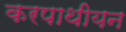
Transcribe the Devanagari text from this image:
करपाथीयन